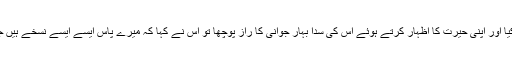
نیک دل بادشاہ نے اسی طرح اٹھ کر اس کا استقبال کیا اور اپنی حیرت کا اظہار کرتے ہوئے اس کی سدا بہار جوانی کا راز پوچھا تو اس نے کہا کہ میرے پاس ایسے ایسے نسخے ہیں جو بوڑھے کو جوان اور جوان کو بچہ بنا سکتے ہیں۔